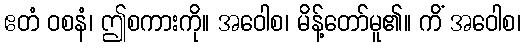
ဧတံ ဝစနံ၊ ဤစကားကို။ အဝေါစ၊ မိန့်တော်မူ၏။ ကိံ အဝေါစ၊